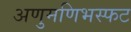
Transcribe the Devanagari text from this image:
अणुमणिभस्फट